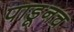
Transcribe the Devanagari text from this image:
पाडूनच